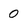
Character: 0